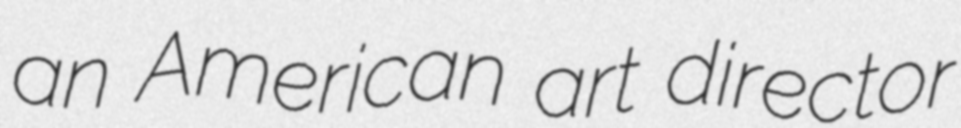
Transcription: an American art director